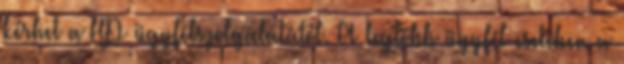
kérhet a HP ügyfélszolgálatától. A legtöbb ügyfél esetében a